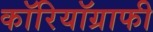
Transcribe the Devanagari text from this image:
कॉरियॉग्राफी